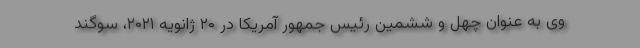
وی به عنوان چهل و ششمین رئیس جمهور آمریکا در ۲۰ ژانویه ۲۰۲۱، سوگند